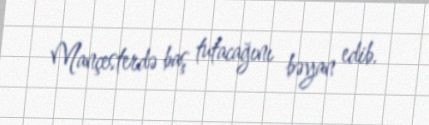
Mançesterdə baş tutacağını bəyan edib.